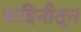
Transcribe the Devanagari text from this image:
वाहिनीतून